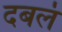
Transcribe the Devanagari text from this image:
दबलं